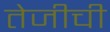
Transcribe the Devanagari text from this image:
तेजीची